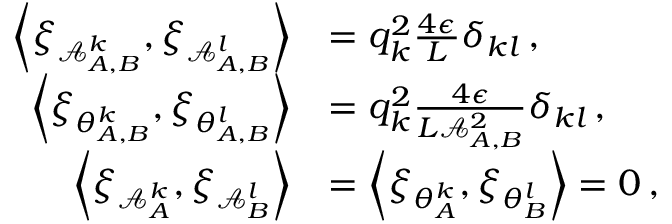
\begin{array} { r l } { \left\langle \xi _ { \mathcal { A } _ { A , B } ^ { k } } , \xi _ { \mathcal { A } _ { A , B } ^ { l } } \right\rangle } & { = q _ { k } ^ { 2 } \frac { 4 \epsilon } { L } \delta _ { k l } \, , } \\ { \left\langle \xi _ { \theta _ { A , B } ^ { k } } , \xi _ { \theta _ { A , B } ^ { l } } \right\rangle } & { = q _ { k } ^ { 2 } \frac { 4 \epsilon } { L \mathcal { A } _ { A , B } ^ { 2 } } \delta _ { k l } \, , } \\ { \left\langle \xi _ { \mathcal { A } _ { A } ^ { k } } , \xi _ { \mathcal { A } _ { B } ^ { l } } \right\rangle } & { = \left\langle \xi _ { \theta _ { A } ^ { k } } , \xi _ { \theta _ { B } ^ { l } } \right\rangle = 0 \, , } \end{array}